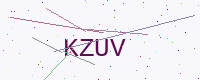
Text: KZUV